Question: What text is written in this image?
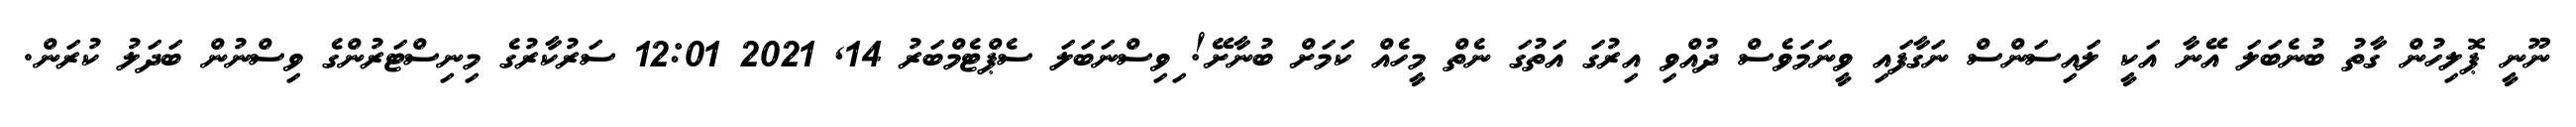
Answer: ނޫނީ ޕޮލިހުން ގާތު ބުނެބަލަ އޭނާ އަކީ ލައިސަންސް ނަގާފައި ވީނަމަވެސް ދުއްވި އިރުގަ އަތުގަ ނެތް މީހެއް ކަމަށް ބުނާށޭ! ިވިސްނަބަލަ ސެޕްޓެމްބަރު 14, 2021 12:01 ސަރުކާރުގެ މިނިސްޓަރުންގެ ވިސްނުން ބަދަލު ކުރަން.